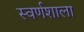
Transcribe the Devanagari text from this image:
स्वर्णशाला